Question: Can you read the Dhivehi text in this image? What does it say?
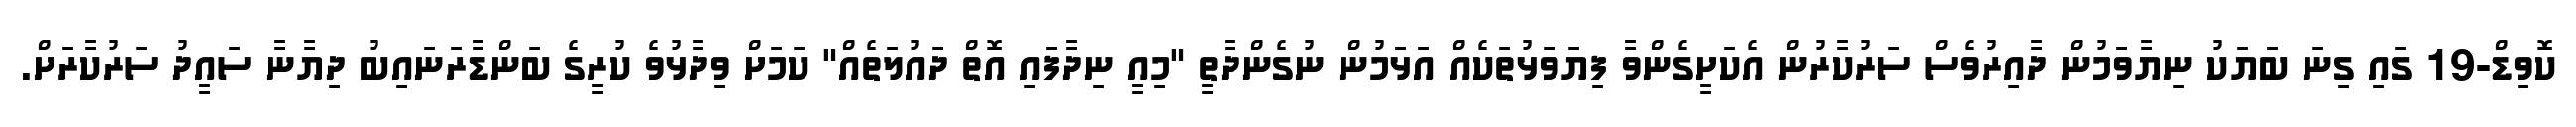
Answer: ކޮވިޑް-19 ގައި ގިނަ ބަޔަކު ނިޔާވަމުން ދާއިރުވެސް ސަރުކާރުން އެކަށީގެންވާ ފިޔަވަޅުތަކެއް އަޅަމުން ނުގެންދާތީ "މިއީ ނިދާފައި އޮތް ދައުލަތެއް" ކަމަށް ވިދާޅުވެ ކުރީގެ ބަންޑާރަނައިބު ދިޔާނާ ސައީދު ސަރުކާރަށް.